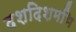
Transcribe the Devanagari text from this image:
दशदिशमभि